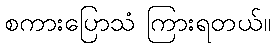
စကားပြောသံ ကြားရတယ်။